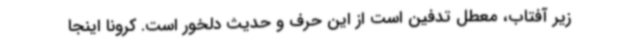
زیر آفتاب، معطل تدفین است از این حرف و حدیث دلخور است. کرونا اینجا